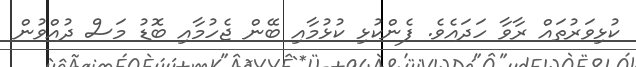
ކުޅިވަރުތައް ރާވާ ހަދައެވެ. ފެންކުޅި ކުޅުމާއި ބޭން ޖެހުމާއި ބޮޑު މަސް ދުއްވުން